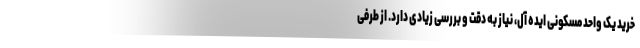
خرید یک واحد مسکونی ایده آل، نیاز به دقت و بررسی زیادی دارد. از طرفی